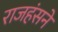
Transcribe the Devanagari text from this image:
राजहंसने